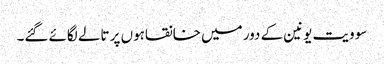
سو ویت یونین کے دور میں خانقاہوں پر تالے لگائے گئے۔